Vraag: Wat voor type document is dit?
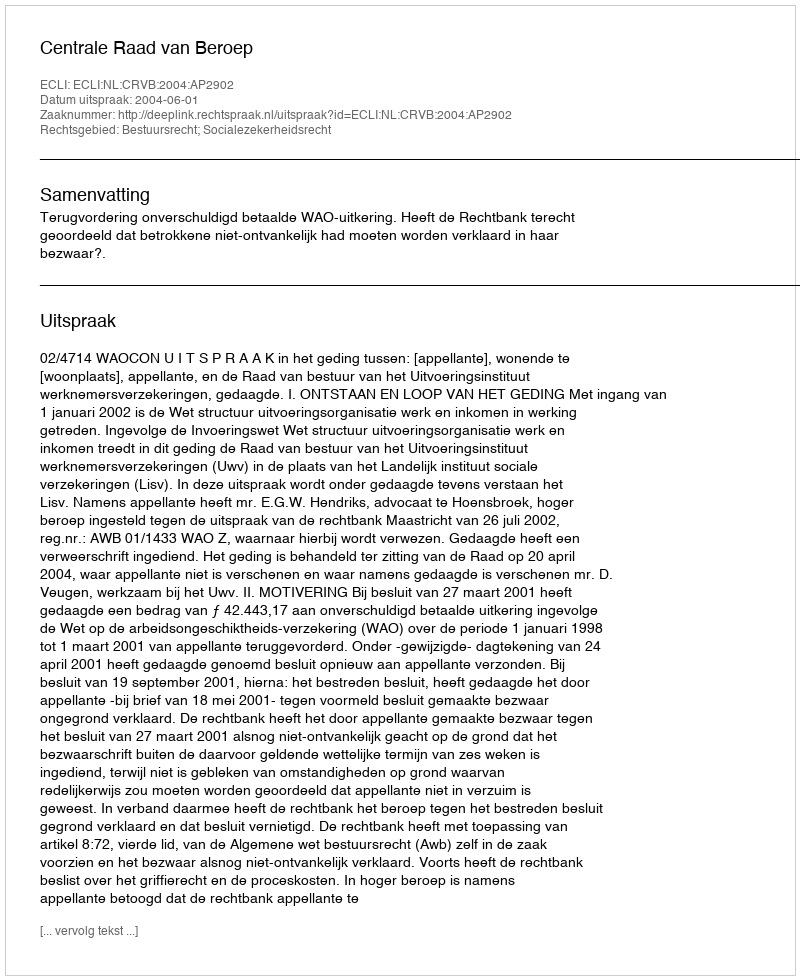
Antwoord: Uitspraak